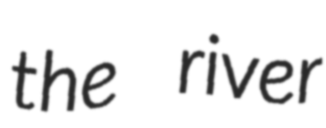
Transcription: the river